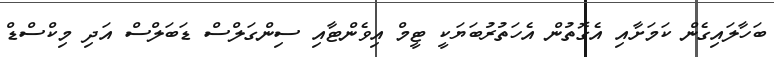
ބަހާލައިގެން ކަމަށާއި އެގޮތުން އެހަތުރުބަޔަކީ ޓީމް އިވެންޓާއި ސިންގަލްސް ޑަބަލްސް އަދި މިކްސްޑް